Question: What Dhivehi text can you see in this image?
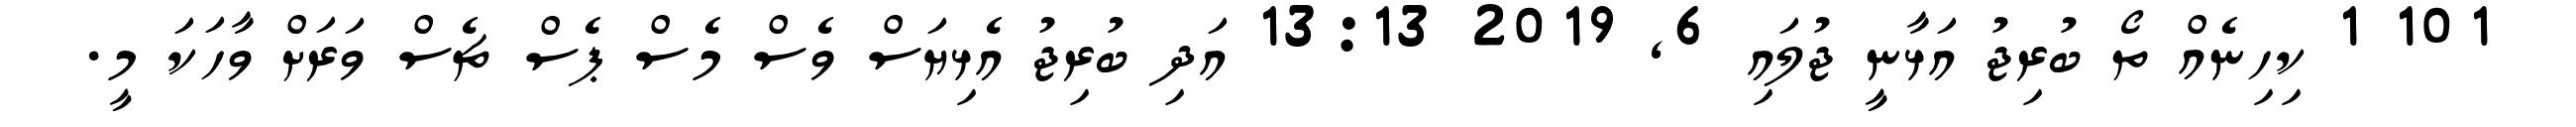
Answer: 101 1 ކިހިނެއް ތޯ ބުރިޖު އަޅާނީ ޖުލައި 6, 2019 13:13 އަދި ބުރިޖު އެޅިޔަސް ވެސް މެސް ޕެސް ޗެސް ވަރަށް ވާހަކަ މީ.